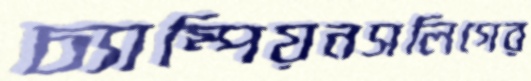
চ্যাম্পিয়নসলিগের